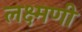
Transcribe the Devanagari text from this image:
लक्ष्मणी